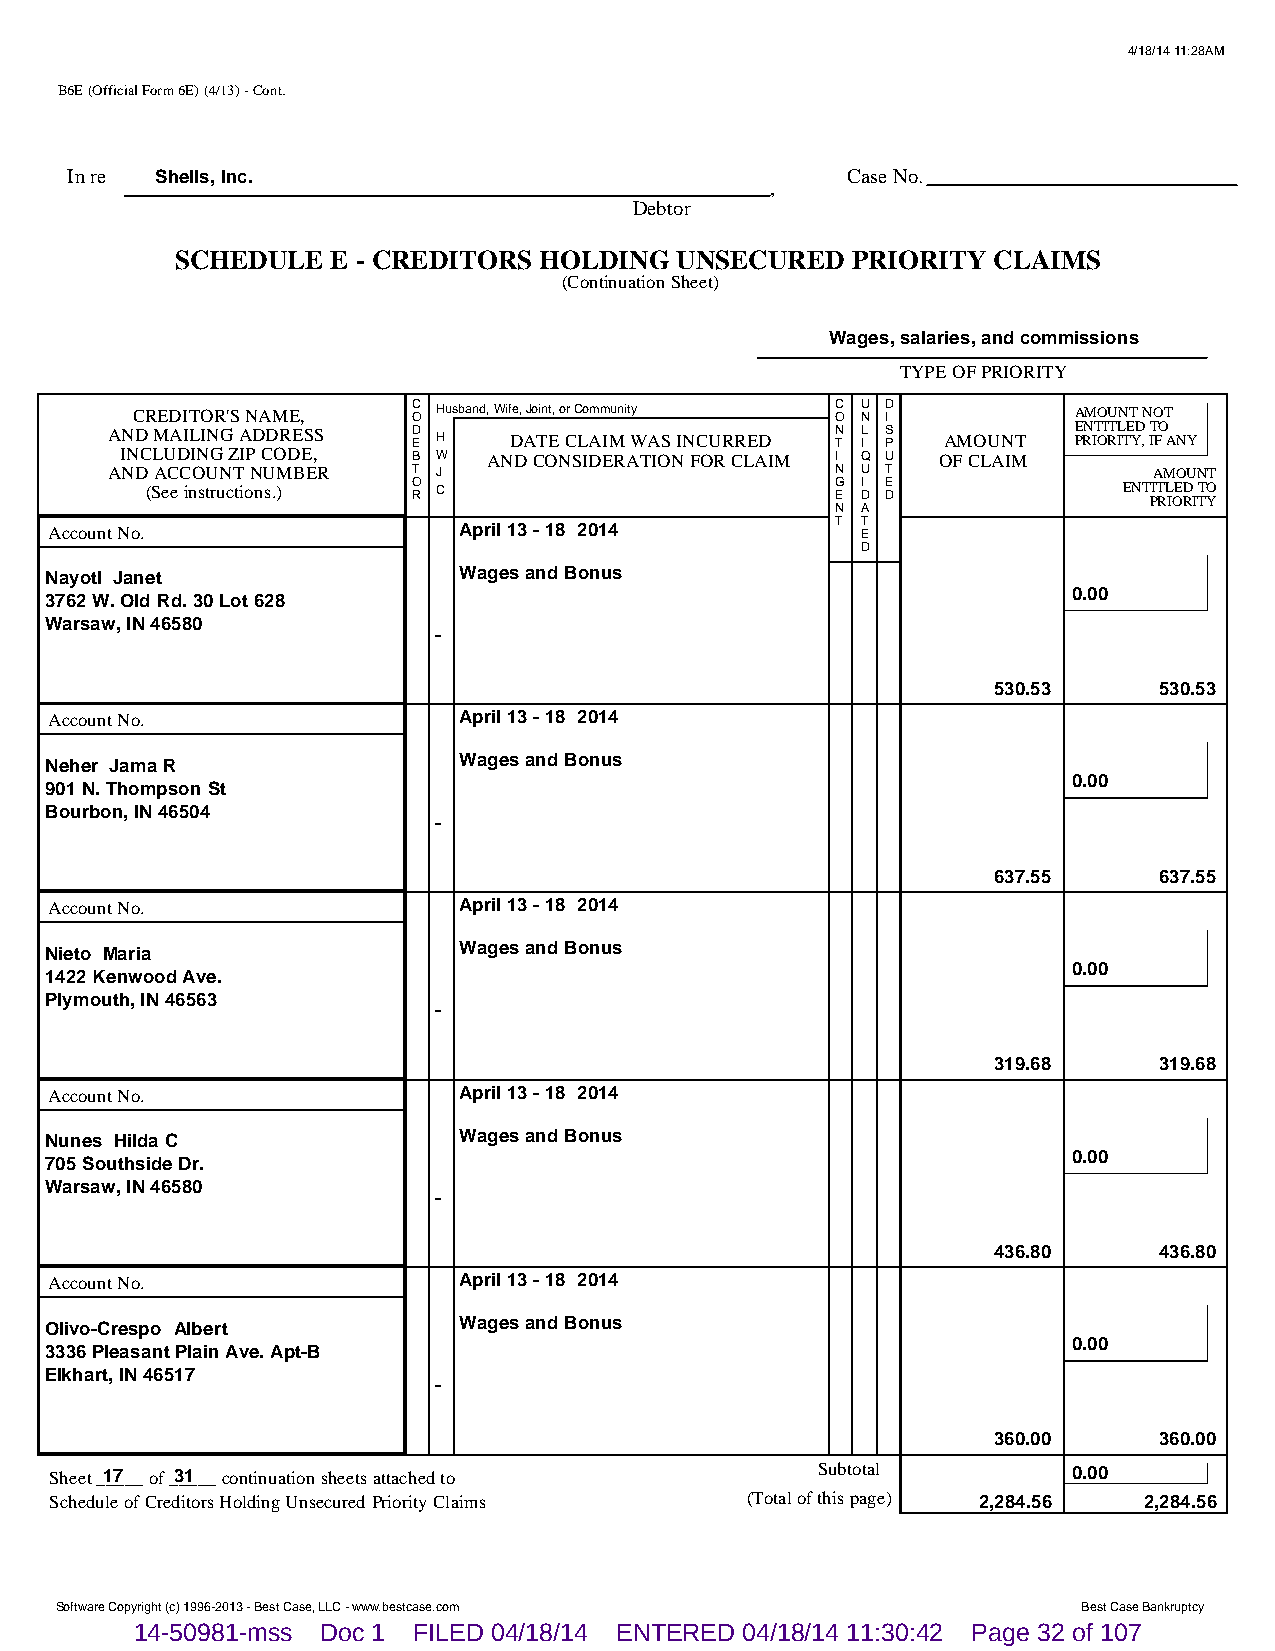
4/18/14 11:28AM
 B6E (Official Form 6E) (4/13) - Cont.
 In re Shells, Inc.                                  Case No.
 ,
 Debtor
 SCHEDULE  E - CREDITORS HOLDING  UNSECURED  PRIORITY  CLAIMS
 (Continuation Sheet)
 Wages, salaries, and commissions
 TYPE OF PRIORITY
 CREDITOR'S NAME,  C O Husband, Wife, Joint, or Community C O U N D I AMOUNT NOT
 AND MAILING ADDRESS D E H  DATE CLAIM WAS INCURRED N T L I S P AMOUNT E PRN IT OI RT IL TE YD , IT FO ANY
 INCLUDING ZIP CODE, B W AND CONSIDERATION FOR CLAIM I Q U OF CLAIM
 AND ACCOUNT NUMBER  T J                         N U T                AMOUNT
 (See instructions.) O R C                    G E I D E D        ENT PIT RL IOE RD I TT YO
 N A
 Account No.                April 13 - 18 2014       T T E
 D
 Nayotl Janet               Wages and Bonus
 0.00
 3762 W. Old Rd. 30 Lot 628
 Warsaw, IN 46580
 -
 530.53     530.53
 Account No.                April 13 - 18 2014
 Neher Jama R               Wages and Bonus
 0.00
 901 N. Thompson St
 Bourbon, IN 46504
 -
 637.55     637.55
 Account No.                April 13 - 18 2014
 Nieto Maria                Wages and Bonus
 0.00
 1422 Kenwood Ave.
 Plymouth, IN 46563
 -
 319.68     319.68
 Account No.                April 13 - 18 2014
 Nunes Hilda C              Wages and Bonus
 0.00
 705 Southside Dr.
 Warsaw, IN 46580
 -
 436.80     436.80
 Account No.                April 13 - 18 2014
 Olivo-Crespo Albert        Wages and Bonus
 0.00
 3336 Pleasant Plain Ave. Apt-B
 Elkhart, IN 46517
 -
 360.00     360.00
 Sheet _1_7___ of _3_1___ continuation sheets attached to Subtotal   0.00
 Schedule of Creditors Holding Unsecured Priority Claims (Total of this page) 2,284.56 2,284.56
 Software Copyright (c) 1996-2013 - Best Case, LLC - www.bestcase.com Best Case Bankruptcy
 14-50981-mss Doc 1 FILED 04/18/14 ENTERED 04/18/14 11:30:42 Page 32 of 107